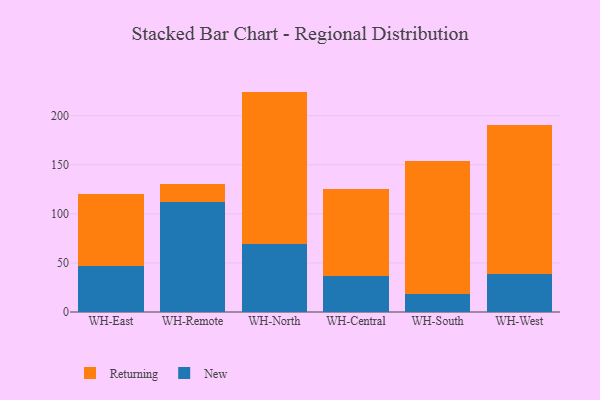
{"axis": {"x": "Warehouse", "y": "Humidity (%)"}, "legend": ["New", "Returning"], "data": [{"x": "WH-East", "y": 46.6, "type": "New"}, {"x": "WH-East", "y": 73.9, "type": "Returning"}, {"x": "WH-Remote", "y": 111.9, "type": "New"}, {"x": "WH-Remote", "y": 18.3, "type": "Returning"}, {"x": "WH-North", "y": 69.6, "type": "New"}, {"x": "WH-North", "y": 155.0, "type": "Returning"}, {"x": "WH-Central", "y": 36.3, "type": "New"}, {"x": "WH-Central", "y": 88.8, "type": "Returning"}, {"x": "WH-South", "y": 18.4, "type": "New"}, {"x": "WH-South", "y": 135.1, "type": "Returning"}, {"x": "WH-West", "y": 38.6, "type": "New"}, {"x": "WH-West", "y": 152.0, "type": "Returning"}]}